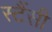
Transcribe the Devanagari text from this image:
स्टैंसी